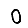
Digit: 0